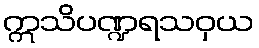
ဣသိပဏ္ဍရသဝှယ